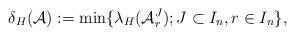
LaTeX: \begin{align*}\delta_H(\mathcal{A}) := \min\{\lambda_H(\mathcal{A}_r^J); J\subset I_n, r\in I_n\},\end{align*}